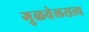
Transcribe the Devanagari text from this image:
गुळवेलसत्त्व